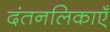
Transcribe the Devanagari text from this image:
दंतनलिकाएँ